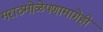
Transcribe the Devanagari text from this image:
मराठमोळेपणामागेही